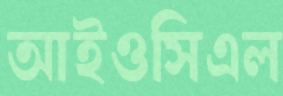
আইওসিএল